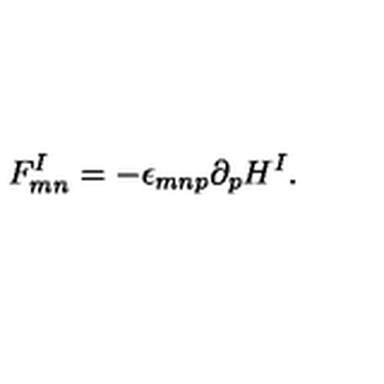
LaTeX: F _ { m n } ^ { I } = - \epsilon _ { m n p } \partial _ { p } H ^ { I } .